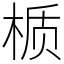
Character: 𬃊